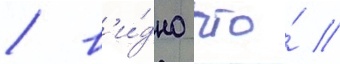
/ в'и́дно что́ //